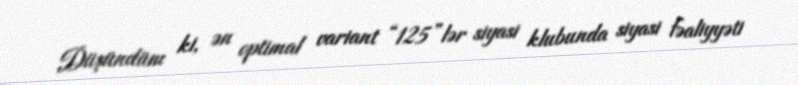
Düşündüm ki, ən optimal variant “125”lər siyasi klubunda siyasi fəaliyyəti